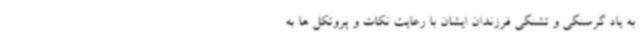
به یاد گرسنگی و تشنگی فرزندان ایشان با رعایت نکات و پروتکل ها به